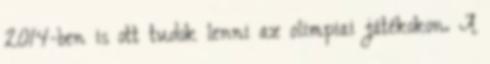
2014-ben is ott tudok lenni az olimpiai játékokon. A